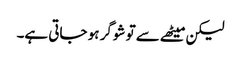
لیکن میٹھے سے تو شوگر ہو جاتی ہے۔